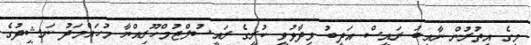
މީގެ އިތުރުން ނާއިބު ރައީސް އަދީބު ވިދާޅުވީ ކުރީގެ ރައީސުލްޖުމްހޫރިއްޔާ މުހައްމަދު ނަޝީދުގެ